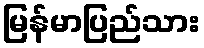
မြန်မာပြည်သား